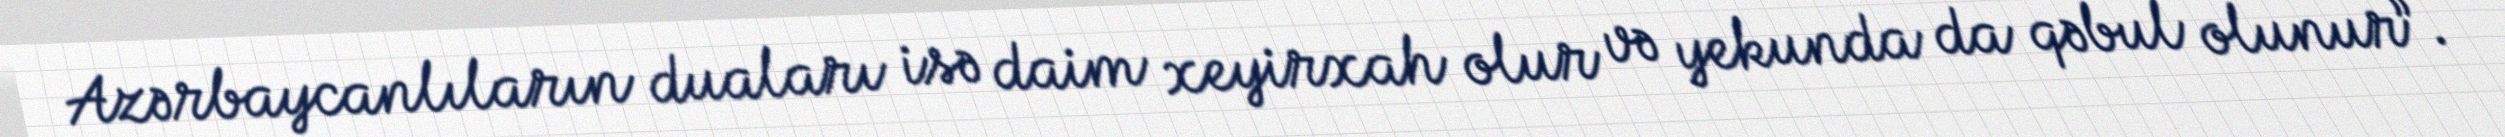
Azərbaycanlıların duaları isə daim xeyirxah olur və yekunda da qəbul olunur”.